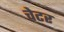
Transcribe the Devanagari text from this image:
चेटर